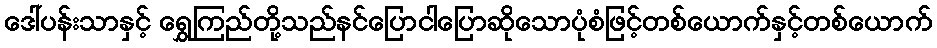
ဒေါ်ပန်းသာနှင့် ရွှေကြည်တို့သည်နင်ပြောငါပြောဆိုသောပုံစံဖြင့်တစ်ယောက်နှင့်တစ်ယောက်